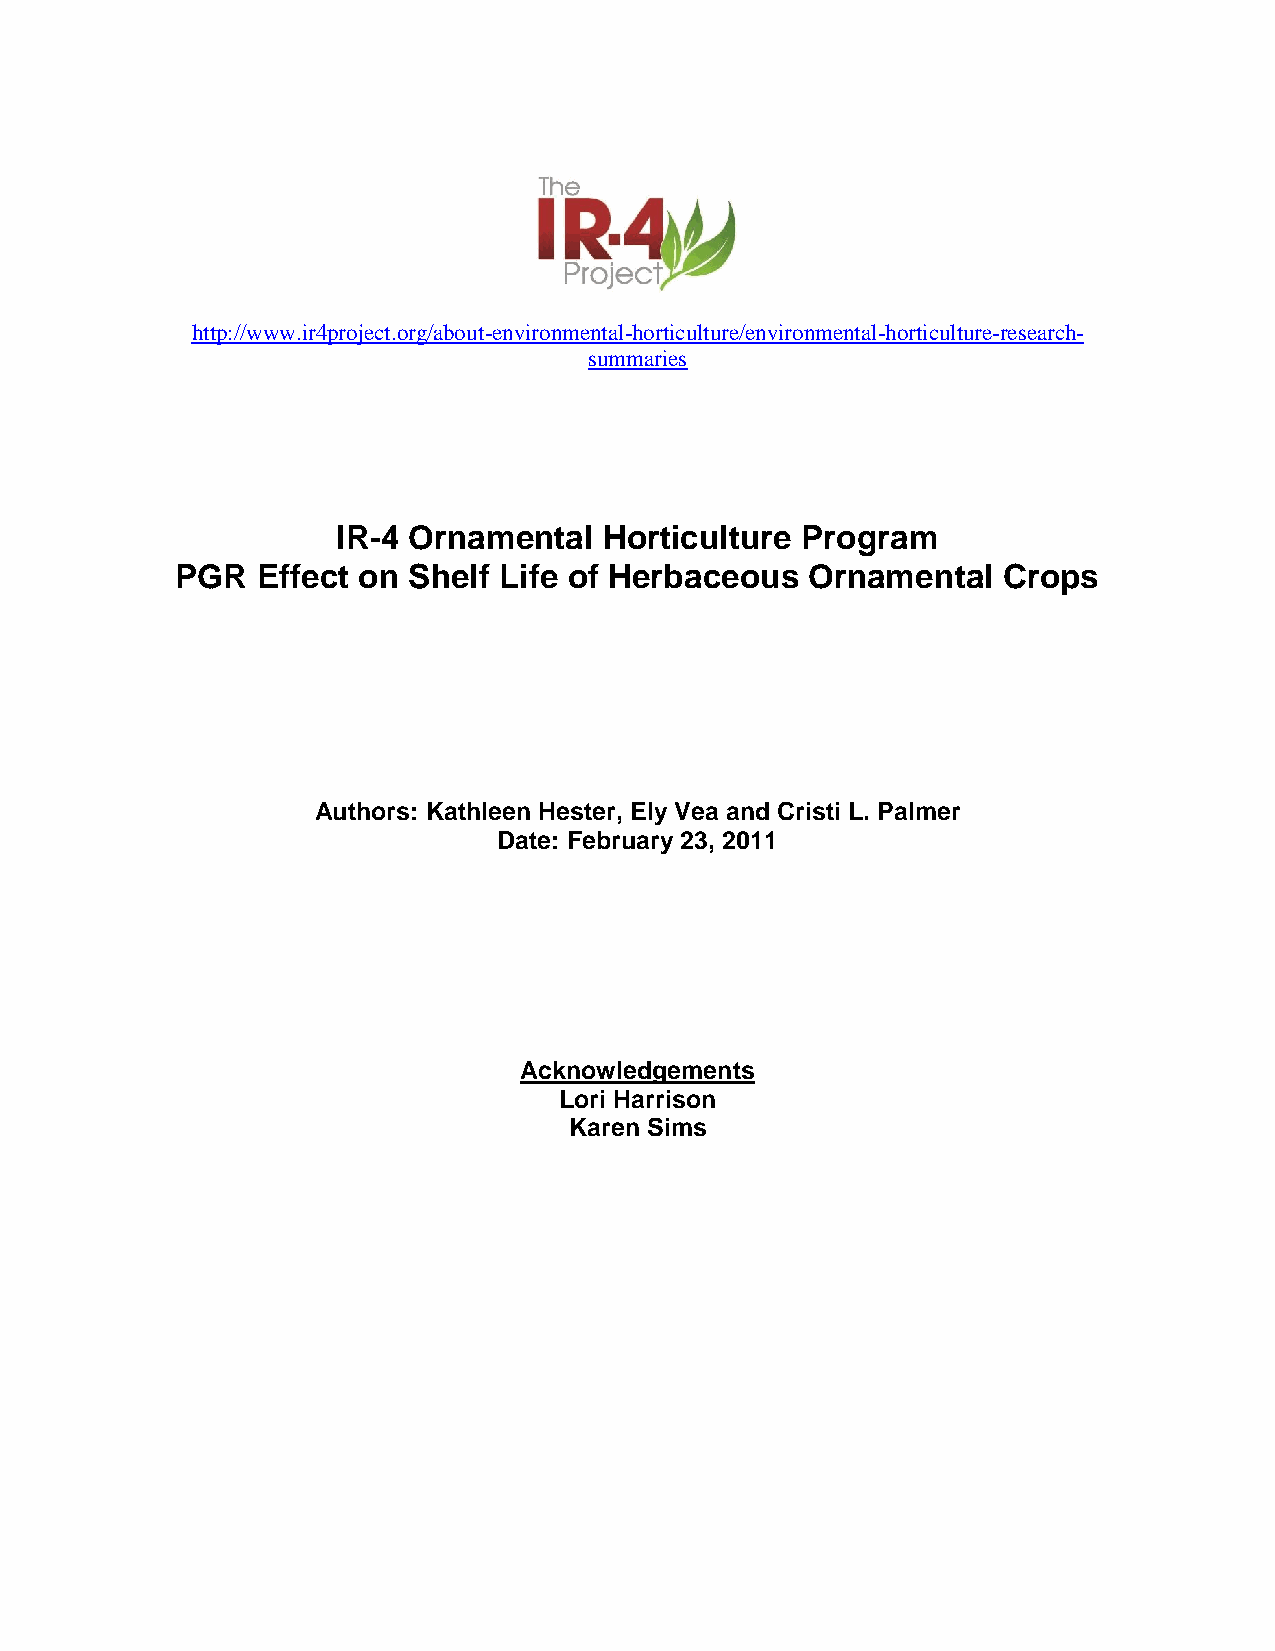
http://www.ir4project.org/about-environmental-horticulture/environmental-horticulture-research-
 summaries
 IR-4 Ornamental   Horticulture Program
 PGR  Effect on Shelf Life of Herbaceous   Ornamental  Crops
 Authors: Kathleen Hester, Ely Vea and Cristi L. Palmer
 Date: February 23, 2011
 Acknowledgements
 Lori Harrison
 Karen Sims